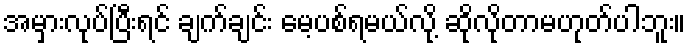
အမှားလုပ်ပြီးရင် ချက်ချင်း မေ့ပစ်ရမယ်လို့ ဆိုလိုတာမဟုတ်ပါဘူး။